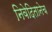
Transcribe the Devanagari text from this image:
निवेदितानेच